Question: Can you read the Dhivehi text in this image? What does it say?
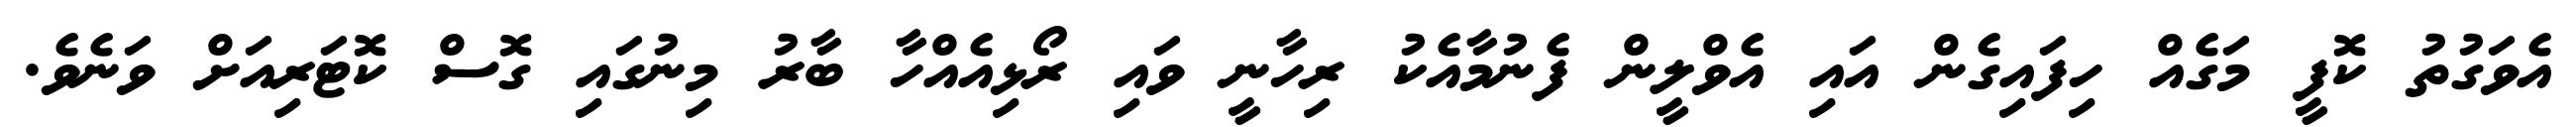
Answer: އެވަގުތު ކޮފީ މަގެއް ހިފައިގެން އައި އެވްލީން ފެނުމާއެކު ރިހާނީ ވައި ރޯޅިއެއްހާ ބާރު މިނުގައި ގޮސް ކޮޓަރިއަށް ވަނެވެ.